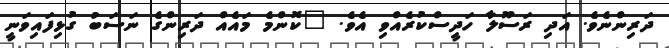
ދަރިންނެވެ. އަދި ރަސޫލާ ހަދީސްކުރެއްވި އެވެ. "ކޮންމެ މައެއް ދަރިންގެ ނަސަބު ގުޅިފައިވަނީ